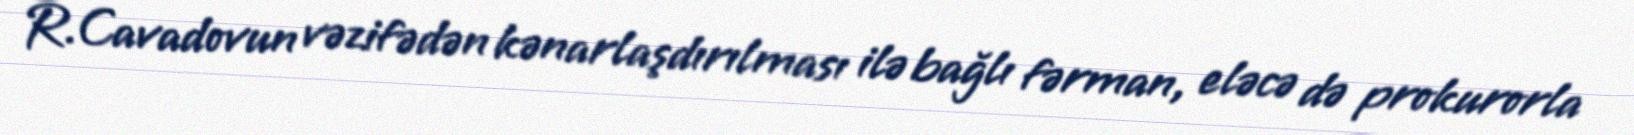
R.Cavadovun vəzifədən kənarlaşdırılması ilə bağlı fərman, eləcə də prokurorla